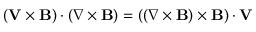
( \mathbf V \times \mathbf B ) \cdot ( \nabla \times \mathbf B ) = ( ( \nabla \times \mathbf B ) \times \mathbf B ) \cdot \mathbf V